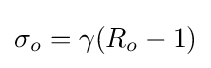
\sigma _{o}=\gamma (R_{o}-1)